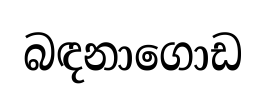
බඳනාගොඩ